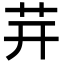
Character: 茾